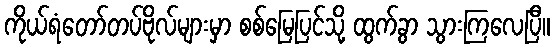
ကိုယ်ရံတော်တပ်ဗိုလ်များမှာ စစ်မြေပြင်သို့ ထွက်ခွာ သွားကြလေပြီ။